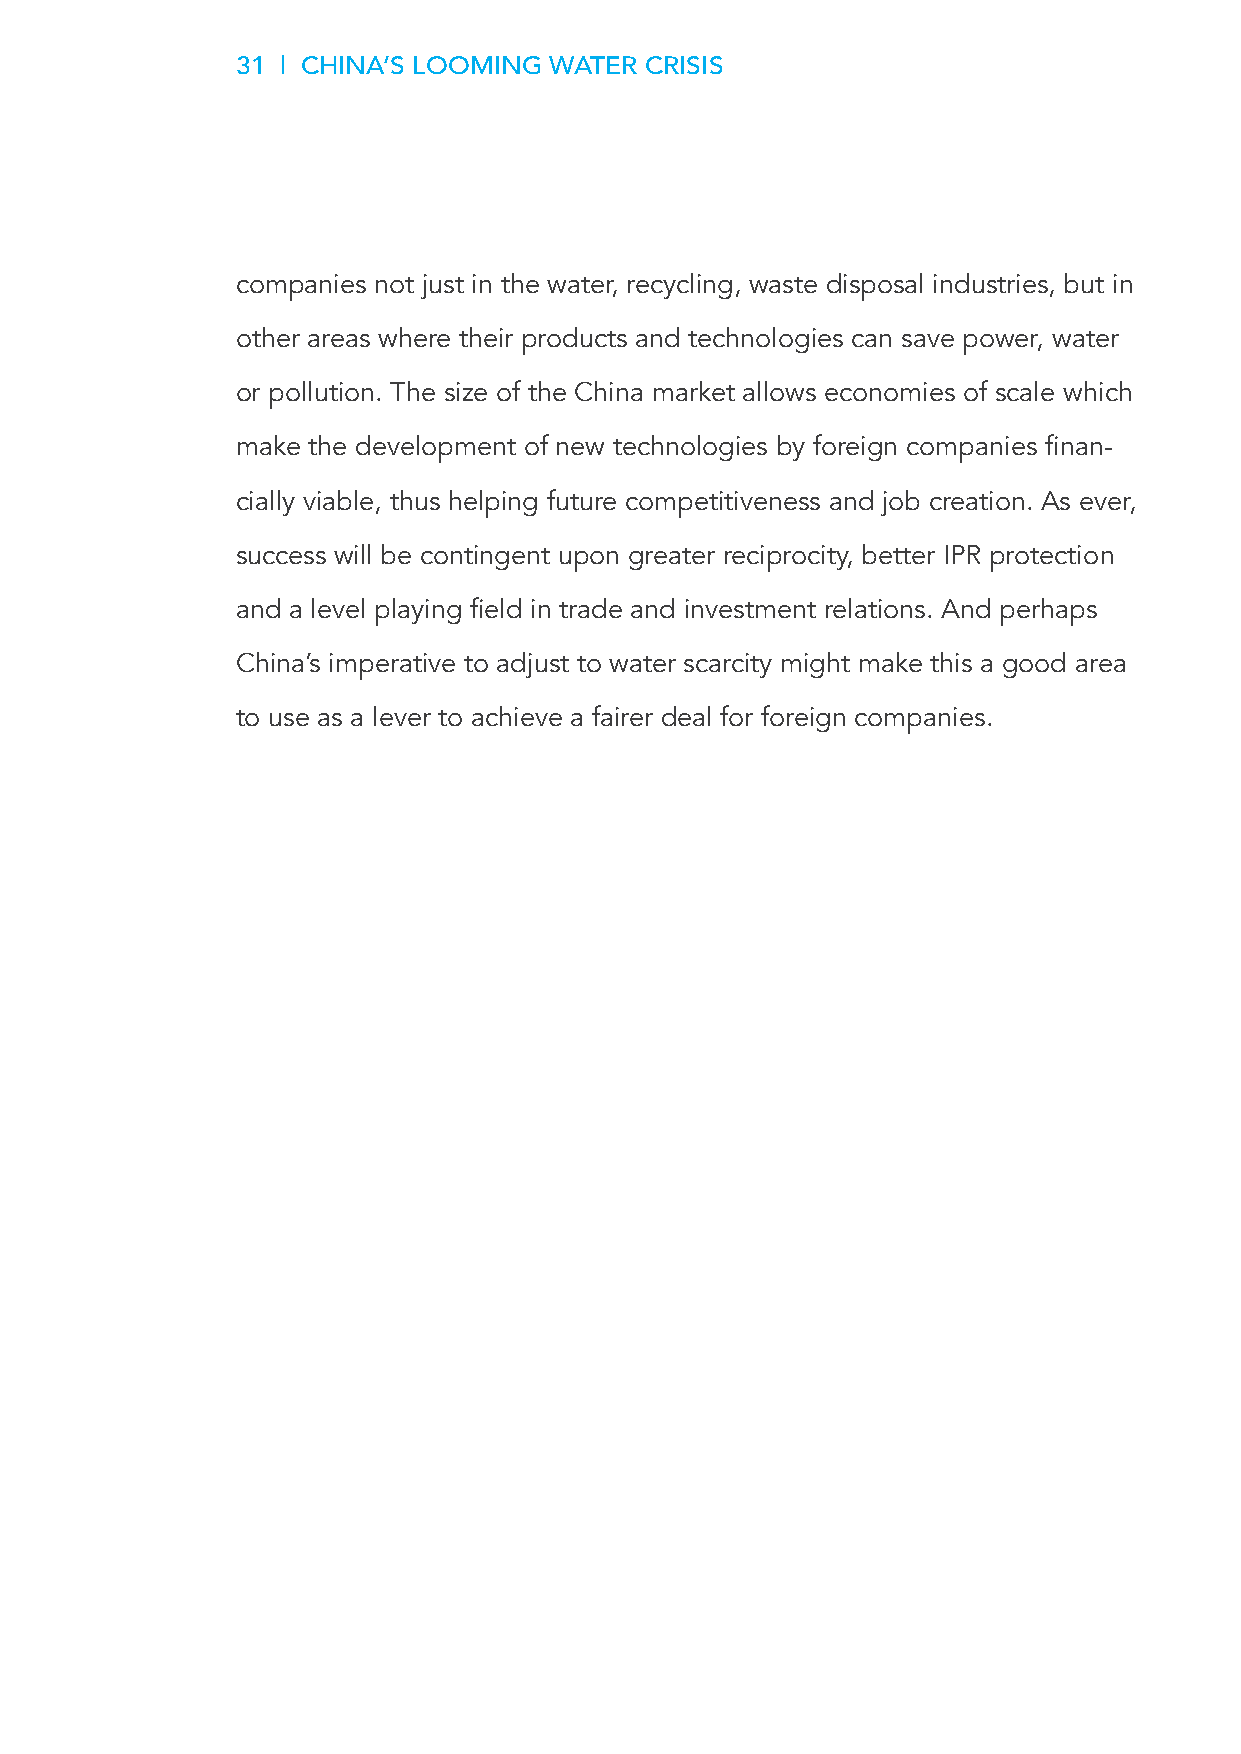
31 | CHINA’S LOOMING WATER CRISIS
 companies not just in the water, recycling, waste disposal industries, but in
 other areas where their products and technologies can save power, water
 or pollution. The size of the China market allows economies of scale which
 make the development of new technologies by foreign companies finan-
 cially viable, thus helping future competitiveness and job creation. As ever,
 success will be contingent upon greater reciprocity, better IPR protection
 and a level playing field in trade and investment relations. And perhaps
 China’s imperative to adjust to water scarcity might make this a good area
 to use as a lever to achieve a fairer deal for foreign companies.